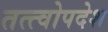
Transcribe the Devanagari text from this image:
तत्त्वोपदेश